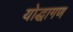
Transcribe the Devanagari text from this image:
योद्धागण